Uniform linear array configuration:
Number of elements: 64
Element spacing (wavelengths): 0.75
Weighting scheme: binomial
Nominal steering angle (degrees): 30
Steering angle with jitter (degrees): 30.58
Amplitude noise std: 0.05
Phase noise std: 0.05

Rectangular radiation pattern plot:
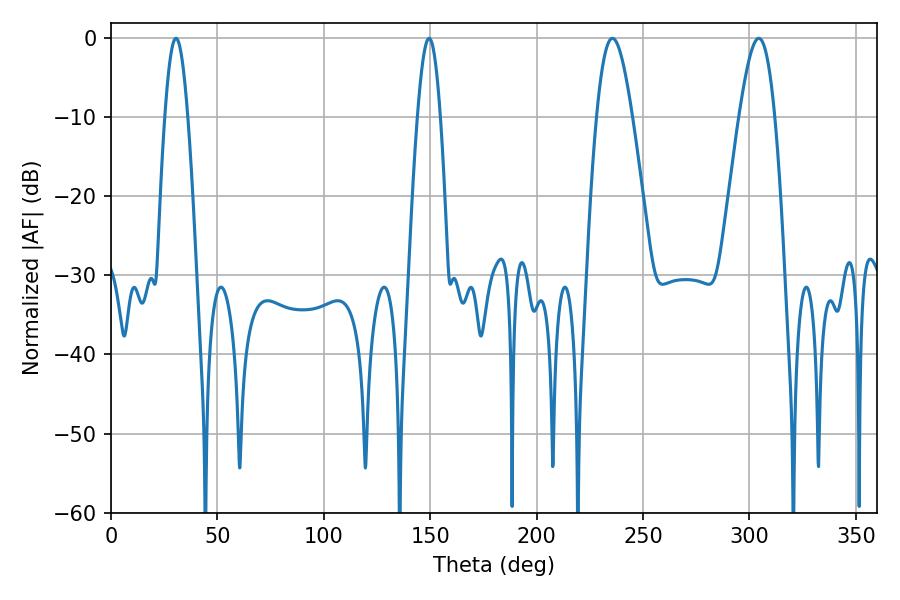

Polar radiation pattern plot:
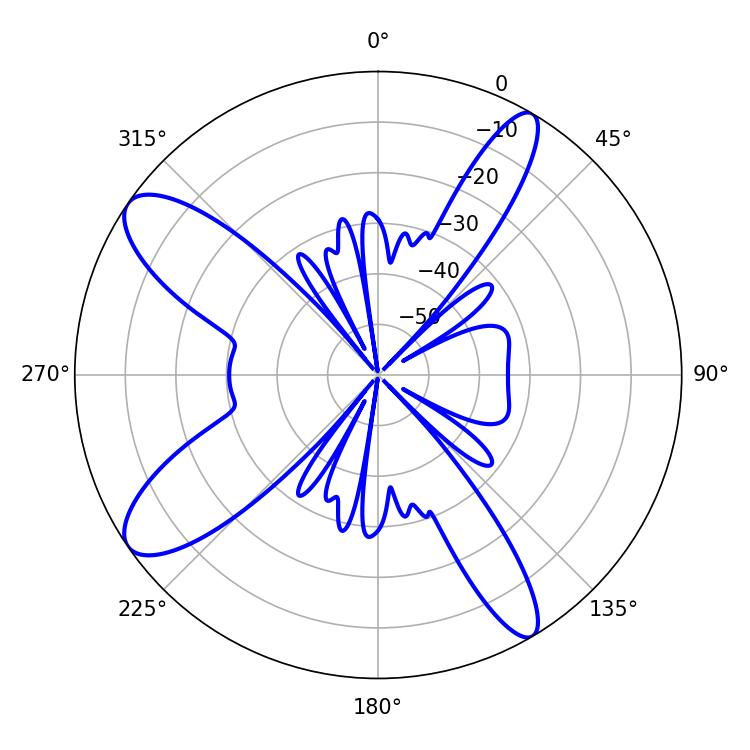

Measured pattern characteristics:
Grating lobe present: TRUE
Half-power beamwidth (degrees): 8.82
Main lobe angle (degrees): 235.62